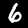
Digit: 6